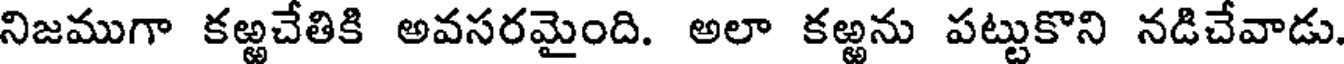
నిజముగా కఱ్ఱచేతికి అవసరమైంది. అలా కఱ్ఱను పట్టుకొని నడిచేవాడు.